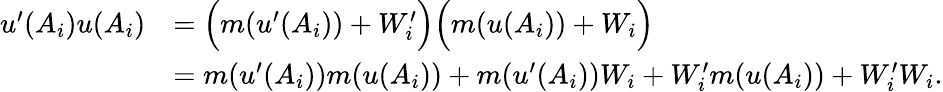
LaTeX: \begin{array}{rl}{u^{\prime}(A_{i})u(A_{i})}&{=\Big(m(u^{\prime}(A_{i}))+W_{i}^{\prime}\Big)\Big(m(u(A_{i}))+W_{i}\Big)}\\ &{=m(u^{\prime}(A_{i}))m(u(A_{i}))+m(u^{\prime}(A_{i}))W_{i}+W_{i}^{\prime}m(u(A_{i}))+W_{i}^{\prime}W_{i}.}\end{array}